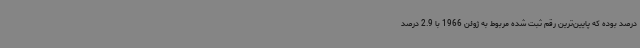
درصد بوده که پایین‌ترین رقم ثبت شده مربوط به ژوئن 1966 با 2.9 درصد